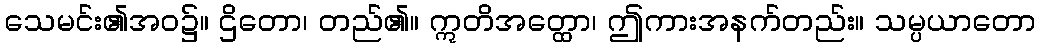
သေမင်း၏အဝ၌။ ဌိတော၊ တည်၏။ ဣတိအတ္ထော၊ ဤကားအနက်တည်း။ သမ္ပယာတော